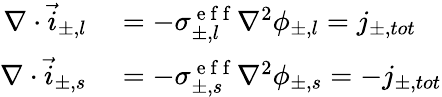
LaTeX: \begin{array}{rl}{\nabla\cdot\vec{i}_{\pm,l}}&{{}=-\sigma_{\pm,l}^{\mathrm{~e~f~f~}}\nabla^{2}\phi_{\pm,l}=j_{\pm,tot}}\\ {\nabla\cdot\vec{i}_{\pm,s}}&{{}=-\sigma_{\pm,s}^{\mathrm{~e~f~f~}}\nabla^{2}\phi_{\pm,s}=-j_{\pm,tot}}\end{array}